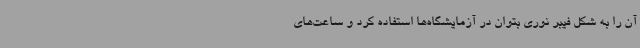
آن را به شکل فیبر نوری بتوان در آزمایشگاه‌ها استفاده کرد و ساعت‌های